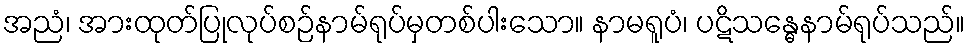
အညံ၊ အားထုတ်ပြုလုပ်စဉ်နာမ်ရုပ်မှတစ်ပါးသော။ နာမရူပံ၊ ပဋိသန္ဓေနာမ်ရုပ်သည်။